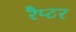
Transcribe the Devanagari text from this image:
रैप्‍टर